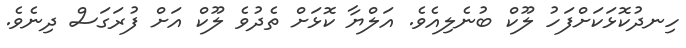
ހިނދުކޮޅަކަށްފަހު ލޫކް ބުނެލިއެވެ. އަލްޔާ ކޮޅަށް ތެދުވެ ލޫކް އަށް ފުރަގަސް ދިނެވެ.